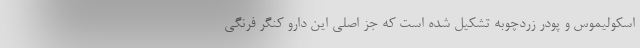
اسکولیموس و پودر زردچوبه تشکیل شده است که جز اصلی این دارو کنگر فرنگی